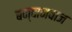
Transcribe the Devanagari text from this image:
बन्दानवाज